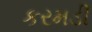
કરમડી